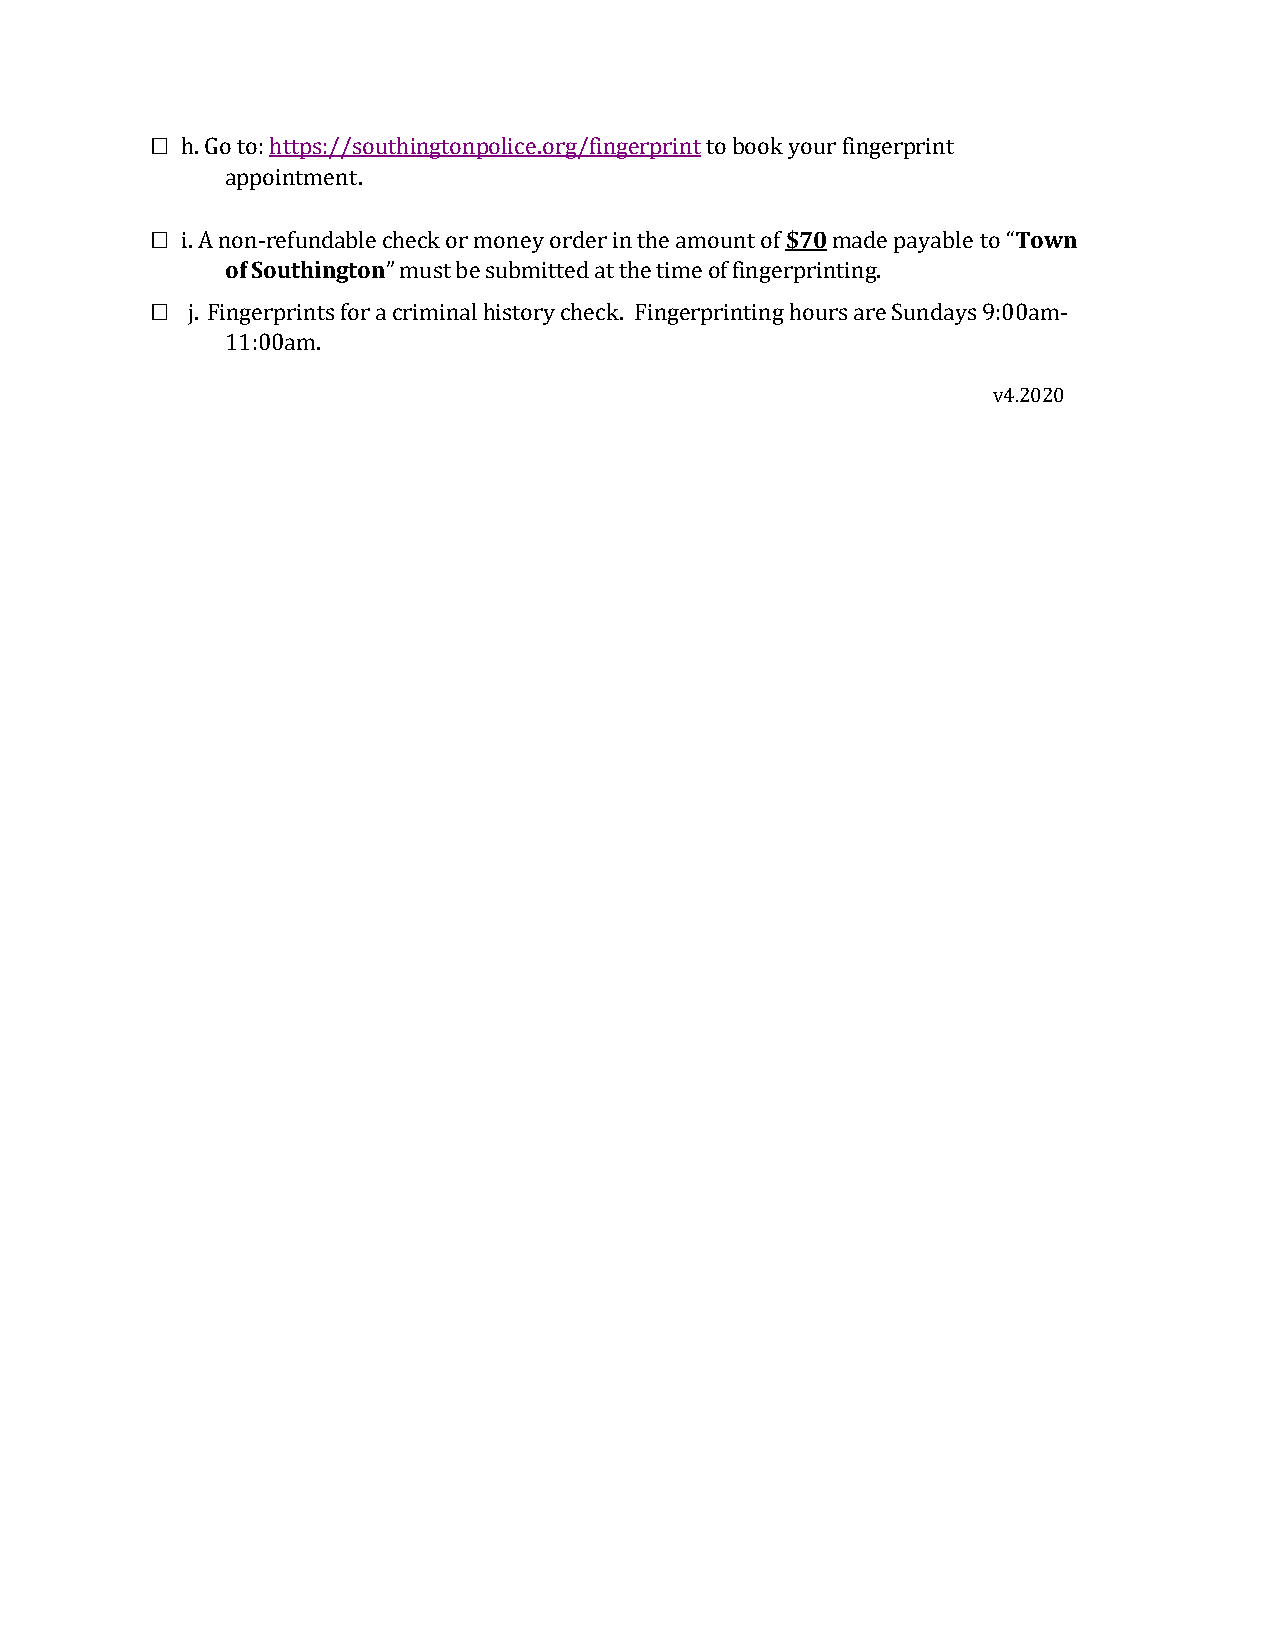
□
 h. Go to: https://southingtonpolice.org/fingerprint to book your fingerprint
 appointment.
 □
 i. A non-refundable check or money order in the amount of $70 made payable to “Town
 of Southington” must be submitted at the time of fingerprinting.
 □
 j. Fingerprints for a criminal history check. Fingerprinting hours are Sundays 9:00am-
 11:00am.
 v4.2020